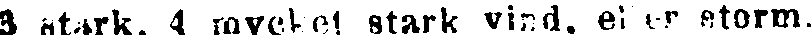
3 stark, 4 rayehet stark vind. ej er storm.